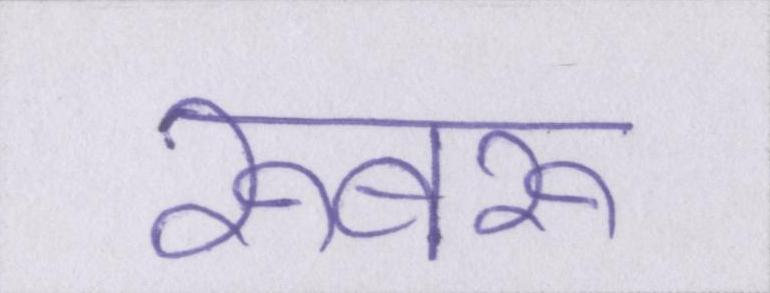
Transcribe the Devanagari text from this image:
रूबरू